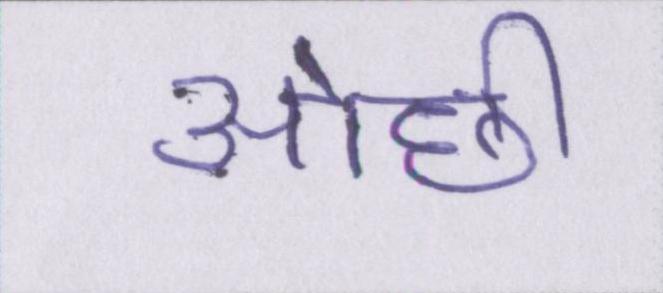
ओछी